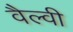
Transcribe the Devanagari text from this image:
वैल्वी